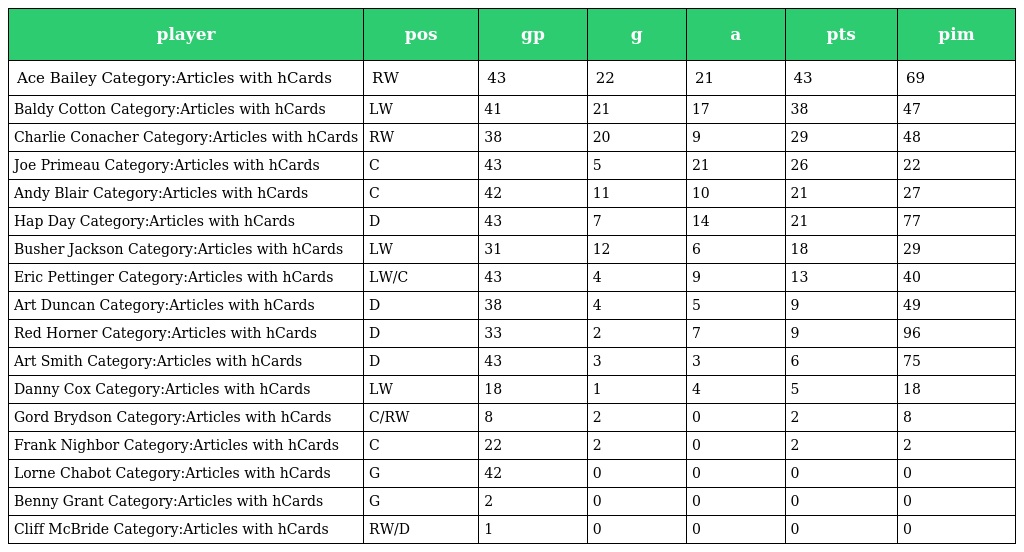
| player | pos | gp | g | a | pts | pim |
 | --- | --- | --- | --- | --- | --- | --- |
 | Ace Bailey Category:Articles with hCards | RW | 43 | 22 | 21 | 43 | 69 |
 | Baldy Cotton Category:Articles with hCards | LW | 41 | 21 | 17 | 38 | 47 |
 | Charlie Conacher Category:Articles with hCards | RW | 38 | 20 | 9 | 29 | 48 |
 | Joe Primeau Category:Articles with hCards | C | 43 | 5 | 21 | 26 | 22 |
 | Andy Blair Category:Articles with hCards | C | 42 | 11 | 10 | 21 | 27 |
 | Hap Day Category:Articles with hCards | D | 43 | 7 | 14 | 21 | 77 |
 | Busher Jackson Category:Articles with hCards | LW | 31 | 12 | 6 | 18 | 29 |
 | Eric Pettinger Category:Articles with hCards | LW/C | 43 | 4 | 9 | 13 | 40 |
 | Art Duncan Category:Articles with hCards | D | 38 | 4 | 5 | 9 | 49 |
 | Red Horner Category:Articles with hCards | D | 33 | 2 | 7 | 9 | 96 |
 | Art Smith Category:Articles with hCards | D | 43 | 3 | 3 | 6 | 75 |
 | Danny Cox Category:Articles with hCards | LW | 18 | 1 | 4 | 5 | 18 |
 | Gord Brydson Category:Articles with hCards | C/RW | 8 | 2 | 0 | 2 | 8 |
 | Frank Nighbor Category:Articles with hCards | C | 22 | 2 | 0 | 2 | 2 |
 | Lorne Chabot Category:Articles with hCards | G | 42 | 0 | 0 | 0 | 0 |
 | Benny Grant Category:Articles with hCards | G | 2 | 0 | 0 | 0 | 0 |
 | Cliff McBride Category:Articles with hCards | RW/D | 1 | 0 | 0 | 0 | 0 |